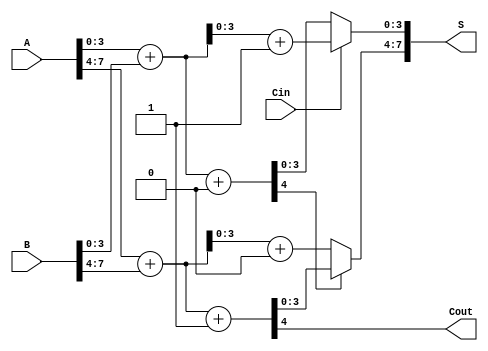
module MultiLevelCSLA (
    input [7:0] A,      // 8-bit input A
    input [7:0] B,      // 8-bit input B
    input Cin,          // Carry-in
    output [7:0] S,     // 8-bit sum output
    output Cout         // Carry-out
);

    wire [3:0] S0_0, S0_1, S1_0, S1_1; // Sums for each block
    wire C0, C1;                       // Carry outputs for each block

    // Block 0 (LSB 4 bits)
    // Adder for Carry-in = 0
    assign {C0, S0_0} = A[3:0] + B[3:0] + 1'b0; 
    // Adder for Carry-in = 1
    assign {C1, S0_1} = A[3:0] + B[3:0] + 1'b1; 

    // Block 1 (MSB 4 bits)
    wire C2; // Carry output from Block 0
    // Adder for Carry-in = 0
    assign {C2, S1_0} = A[7:4] + B[7:4] + 1'b0; 
    // Adder for Carry-in = 1
    assign {Cout, S1_1} = A[7:4] + B[7:4] + 1'b1; 

    // MUX to select the correct sum for Block 0
    wire select0 = Cin; // Select based on the carry-in
    assign S[3:0] = select0 ? S0_1 : S0_0;

    // MUX to select the correct sum for Block 1
    wire select1 = C0; // Select based on the carry-out from Block 0
    assign S[7:4] = select1 ? S1_1 : S1_0;

endmodule